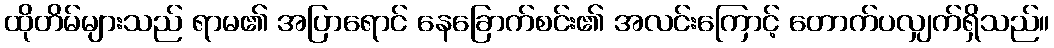
ထိုတိမ်များသည် ရာမ၏ အပြာရောင် နေခြောက်စင်း၏ အလင်းကြောင့် တောက်ပလျှက်ရှိသည်။